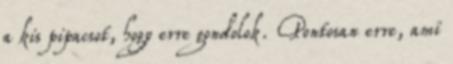
a kis pipacsot, hogy erre gondolok. Pontosan erre, ami